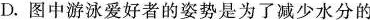
D.图中游泳爱好者的姿势是为了减少水分的